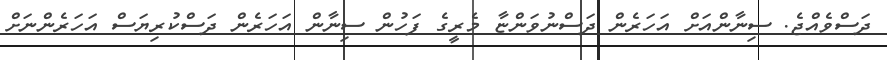
ދަސްވެއްޖެ. ސިނާންއަށް އަހަރެން ދަސްނުވަންޏާ މެރީގެ ފަހުން ސިނާން އަހަރެން ދަސްކުރިޔަސް އަހަރެންނަށް